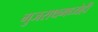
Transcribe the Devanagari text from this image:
गुजराथमध्येही